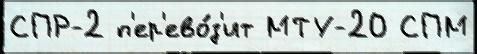
СПР-2 п'ер'ево́з'ит МТУ-20 СПМ